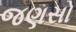
જણસો